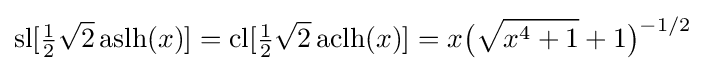
{\text{sl}}[{\tfrac {1}{2}}{\sqrt {2}}\,{\text{aslh}}(x)]={\text{cl}}[{\tfrac {1}{2}}{\sqrt {2}}\,{\text{aclh}}(x)]=x{\bigl (}{\sqrt {x^{4}+1}}+1{\bigr )}^{-1/2}